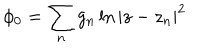
\phi _ { 0 } = \sum _ { n } g _ { n } \ln | z - z _ { n } | ^ { 2 }